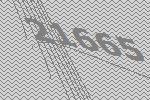
21665